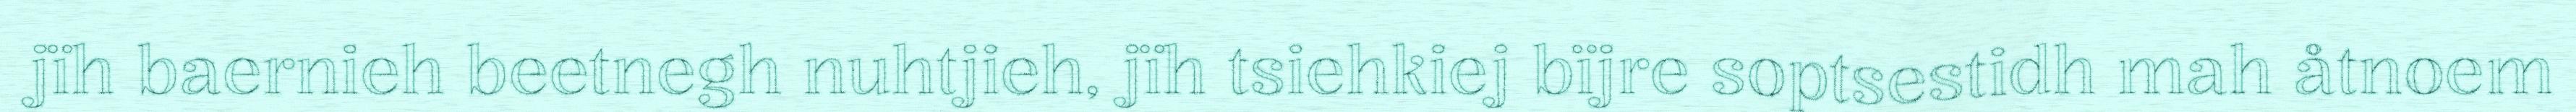
jïh baernieh beetnegh nuhtjieh, jïh tsiehkiej bïjre soptsestidh mah åtnoem